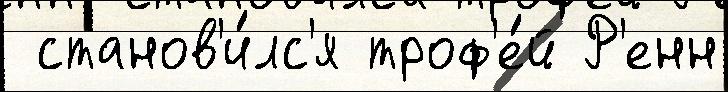
 станов'и́лс'я троф'е́й Р'енн